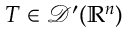
T \in { \mathcal { D } } ^ { \prime } ( \mathbb { R } ^ { n } )